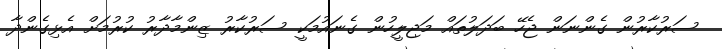
ސަރުކާރުން ގެންނަން ޖެހޭ ބަދަލުތައް މަޖިލީހުން ގެނައުމަކީ ސަރުކާރު ޒިންމާދާރު ކުރުމަށް އެޅިގެންދާ